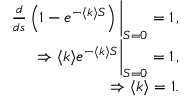
\begin{array} { r } { \frac { d } { d s } \left( 1 - e ^ { - \langle k \rangle S } \right) \bigg \vert _ { S = 0 } = 1 \, , } \\ { \Rightarrow \langle k \rangle e ^ { - \langle k \rangle S } \bigg \vert _ { S = 0 } = 1 \, , } \\ { \Rightarrow \langle k \rangle = 1 . } \end{array}